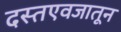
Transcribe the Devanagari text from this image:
दस्तएवजातून